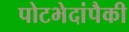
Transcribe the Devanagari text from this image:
पोटभेदांपैकी